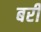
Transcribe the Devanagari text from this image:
बरीं